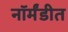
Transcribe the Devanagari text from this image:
नॉर्मंडीत